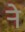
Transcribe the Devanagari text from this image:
र्‍ाे